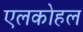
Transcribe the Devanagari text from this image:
एलकोहल